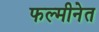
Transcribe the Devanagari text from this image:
फल्मीनेत